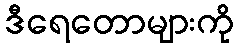
ဒီရေတောများကို